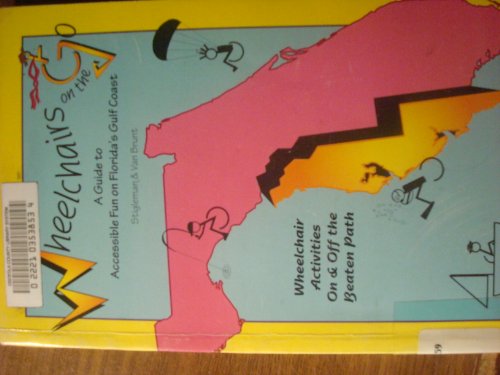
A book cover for Wheelchairs on the Go: A Guide to Accessible Fun on Florida's Gulf Coast; Michelle Stigleman; Travel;